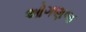
ઓગણજ